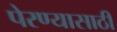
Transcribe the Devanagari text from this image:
पेरण्यासाठी